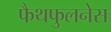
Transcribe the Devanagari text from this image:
फैथफुलनेस